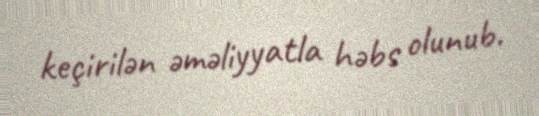
keçirilən əməliyyatla həbs olunub.